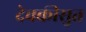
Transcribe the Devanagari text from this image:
देवकीसुत